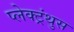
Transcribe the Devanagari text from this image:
प्लेक्ट्रंथुस